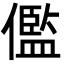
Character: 儖